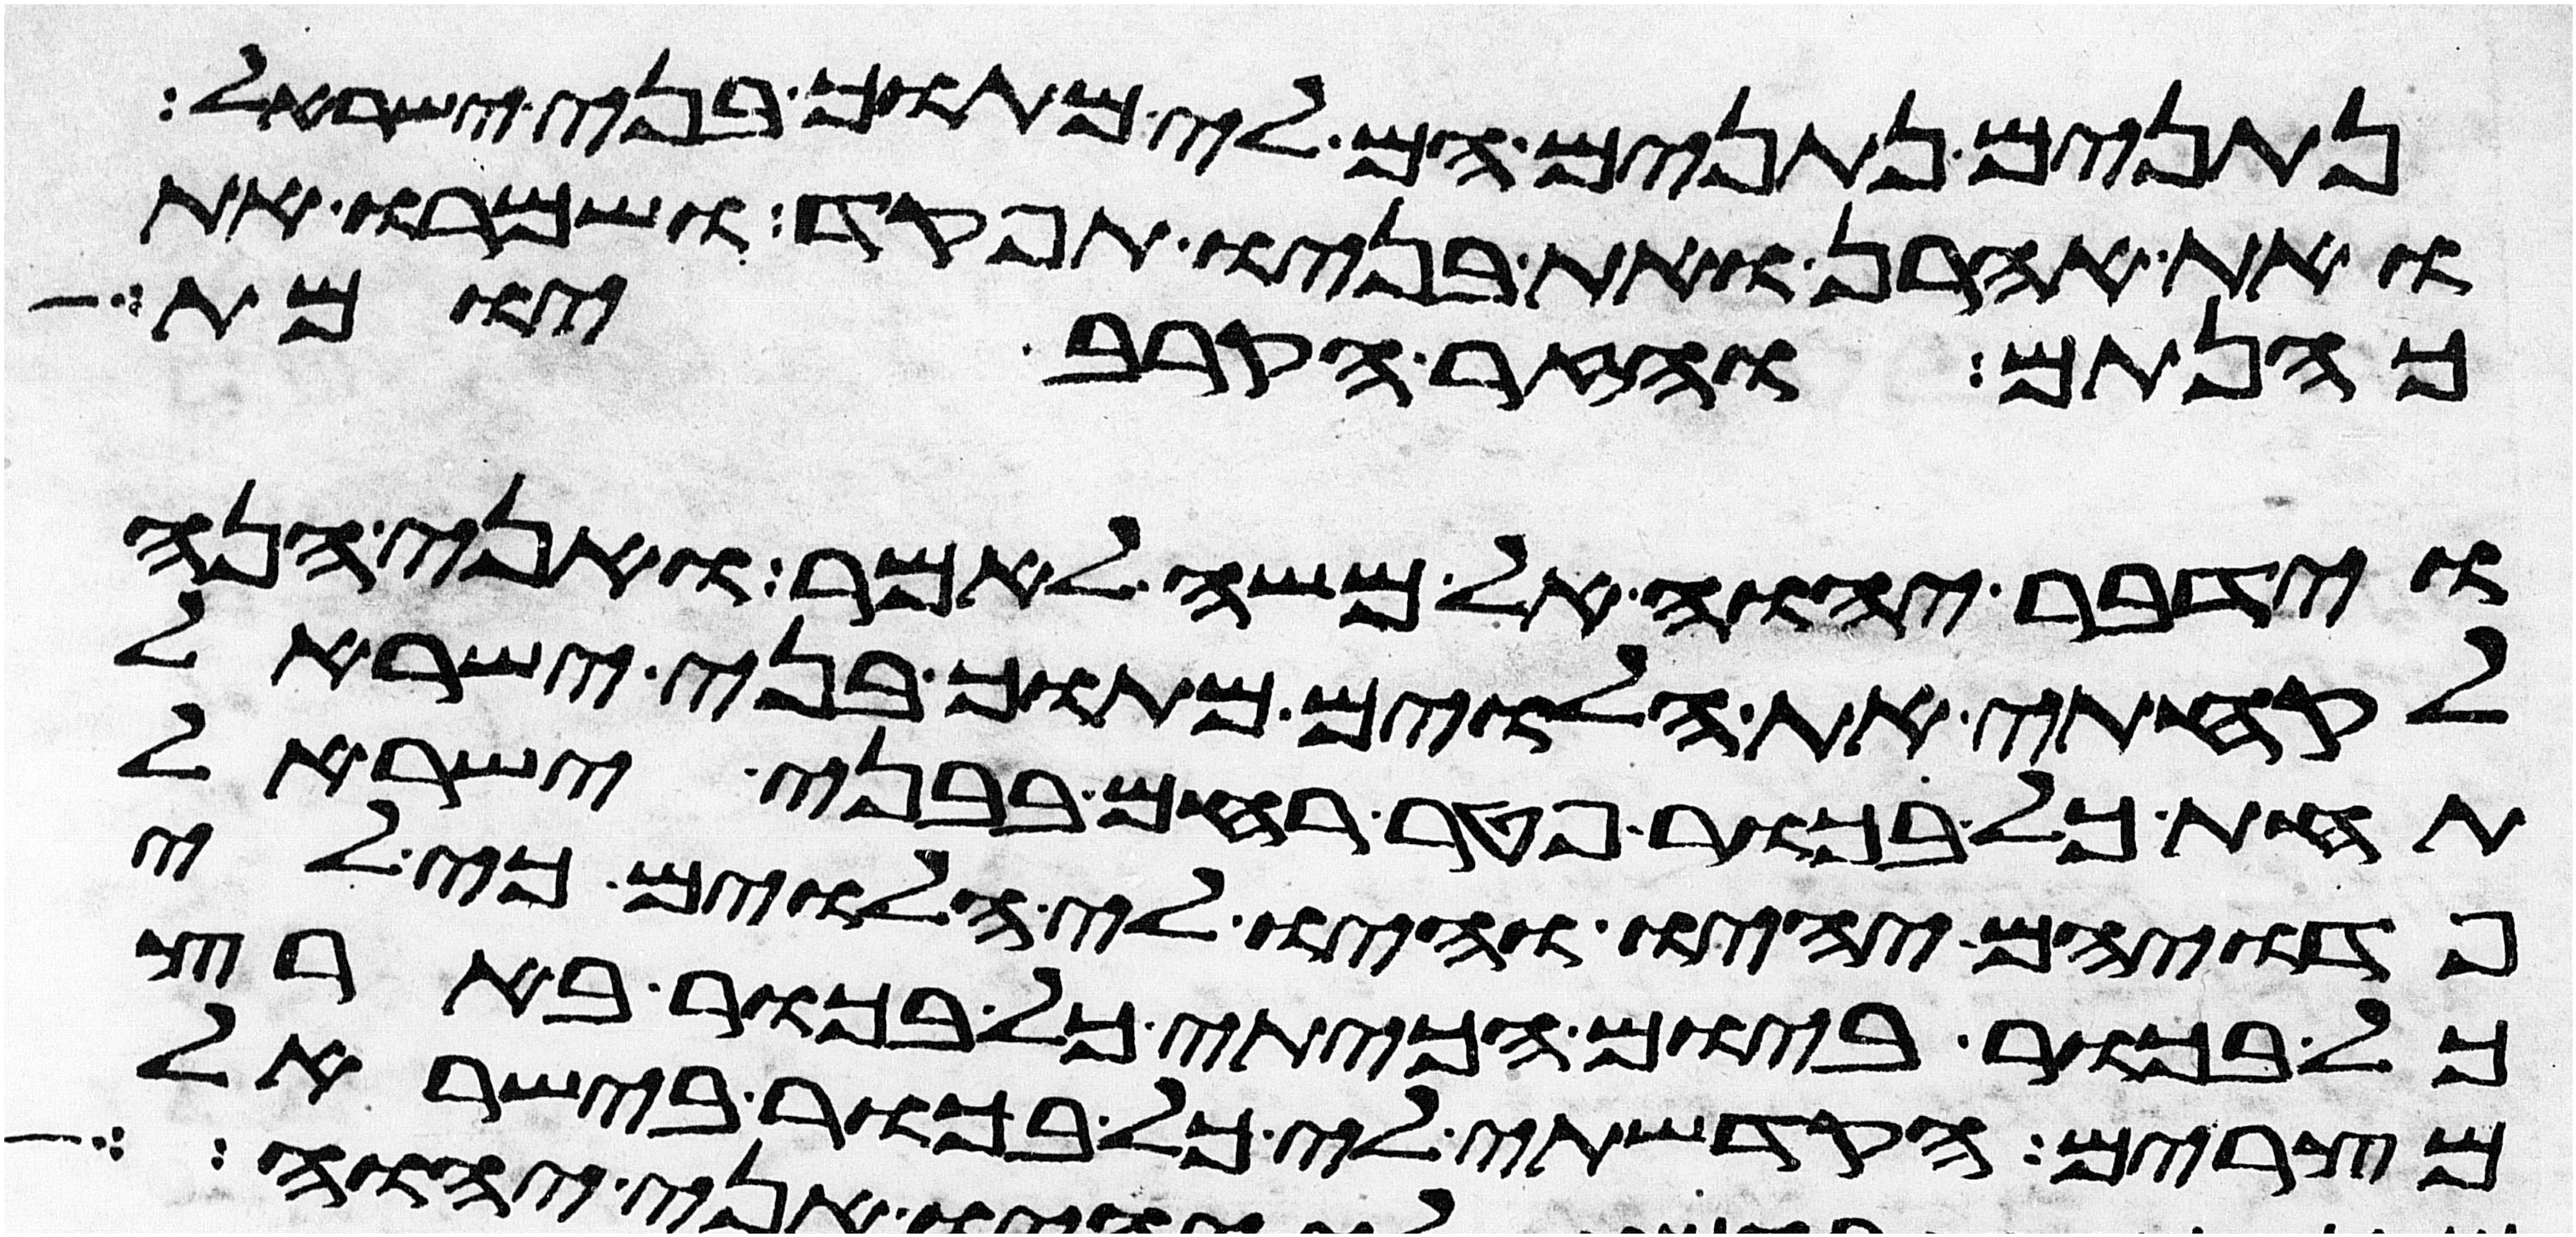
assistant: נתנים נתנים הם לי מתוך בני ישראל
ואת אהרן ואת בניו תפקד ושמרו את
כהנתם והזר הקרב יומת
וידבר יהוה אל משה לאמר ואני הנה
לקחתי את הלוים מתוך בני ישראל
תחת כל בכור פטר רחם בבני ישראל
פדויהם יהיו והיו לי הלוים כי לי
כל בכור ביום הכיתי כל בכור בארץ
מצרים הקדשתי לי כל בכור בישראל